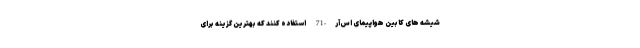
شیشه های کابین هواپیمای اس‌آر-71 استفاده کنند که بهترین گزینه برای